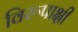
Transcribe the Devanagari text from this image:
विरूपाक्षी